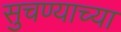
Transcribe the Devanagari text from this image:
सुचण्याच्या